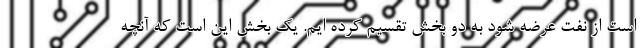
است از نفت عرضه شود به دو بخش تقسیم کرده ایم. یک بخش این است که آنچه